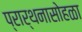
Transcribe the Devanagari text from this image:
प्रार्थनासोहळा